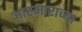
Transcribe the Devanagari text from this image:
आरमारांच्या